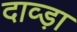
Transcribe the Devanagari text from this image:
दाव्ड़ा